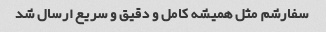
سفارشم مثل همیشه کامل و دقیق و سریع ارسال شد